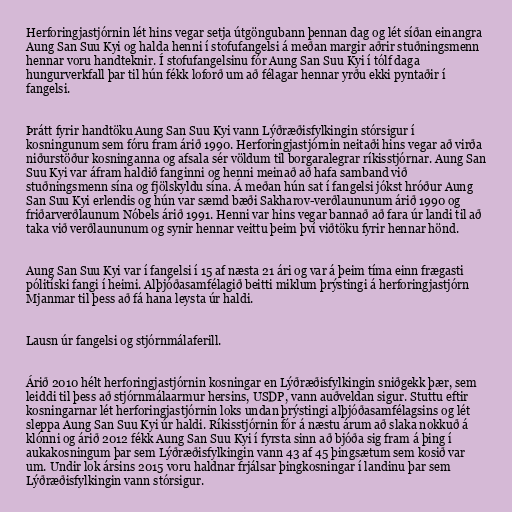
Herforingjastjórnin lét hins vegar setja útgöngubann þennan dag og lét síðan einangra
Aung San Suu Kyi og halda henni í stofufangelsi á meðan margir aðrir stuðningsmenn
hennar voru handteknir. Í stofufangelsinu fór Aung San Suu Kyi í tólf daga
hungurverkfall þar til hún fékk loforð um að félagar hennar yrðu ekki pyntaðir í
fangelsi.

Þrátt fyrir handtöku Aung San Suu Kyi vann Lýðræðisfylkingin stórsigur í
kosningunum sem fóru fram árið 1990. Herforingjastjórnin neitaði hins vegar að virða
niðurstöður kosninganna og afsala sér völdum til borgaralegrar ríkisstjórnar. Aung San
Suu Kyi var áfram haldið fanginni og henni meinað að hafa samband við
stuðningsmenn sína og fjölskyldu sína. Á meðan hún sat í fangelsi jókst hróður Aung
San Suu Kyi erlendis og hún var sæmd bæði Sakharov-verðlaununum árið 1990 og
friðarverðlaunum Nóbels árið 1991. Henni var hins vegar bannað að fara úr landi til að
taka við verðlaununum og synir hennar veittu þeim því viðtöku fyrir hennar hönd.

Aung San Suu Kyi var í fangelsi í 15 af næsta 21 ári og var á þeim tíma einn frægasti
pólitíski fangi í heimi. Alþjóðasamfélagið beitti miklum þrýstingi á herforingjastjórn
Mjanmar til þess að fá hana leysta úr haldi.

Lausn úr fangelsi og stjórnmálaferill.

Árið 2010 hélt herforingjastjórnin kosningar en Lýðræðisfylkingin sniðgekk þær, sem
leiddi til þess að stjórnmálaarmur hersins, USDP, vann auðveldan sigur. Stuttu eftir
kosningarnar lét herforingjastjórnin loks undan þrýstingi alþjóðasamfélagsins og lét
sleppa Aung San Suu Kyi úr haldi. Ríkisstjórnin fór á næstu árum að slaka nokkuð á
klónni og árið 2012 fékk Aung San Suu Kyi í fyrsta sinn að bjóða sig fram á þing í
aukakosningum þar sem Lýðræðisfylkingin vann 43 af 45 þingsætum sem kosið var
um. Undir lok ársins 2015 voru haldnar frjálsar þingkosningar í landinu þar sem
Lýðræðisfylkingin vann stórsigur.